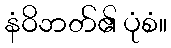
နံဝိဘတ်၏ ပုံစံ။